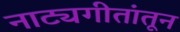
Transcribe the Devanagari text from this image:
नाट्यगीतांतून